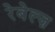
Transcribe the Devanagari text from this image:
रेबेल्ज़